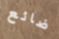
ضائع